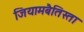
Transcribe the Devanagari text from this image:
जियामबैतिस्ता